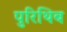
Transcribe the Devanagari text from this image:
पुरिथिब